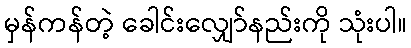
မှန်ကန်တဲ့ ခေါင်းလျှော်နည်းကို သုံးပါ။